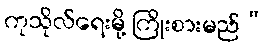
ကုသိုလ်ရေးမို့ ကြိုးစားမည်”